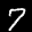
Label: 7